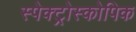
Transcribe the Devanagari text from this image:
स्पेक्ट्रोस्कोपिक